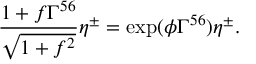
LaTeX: \frac { 1 + f \Gamma ^ { 5 6 } } { \sqrt { 1 + f ^ { 2 } } } \eta ^ { \pm } = \exp ( \phi \Gamma ^ { 5 6 } ) \eta ^ { \pm } .